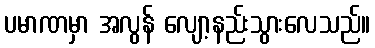
ပမာဏမှာ အလွန် လျော့နည်းသွားလေသည်။